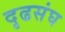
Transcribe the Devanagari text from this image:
दृढसंघ